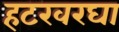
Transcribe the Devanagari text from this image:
हटखरघा